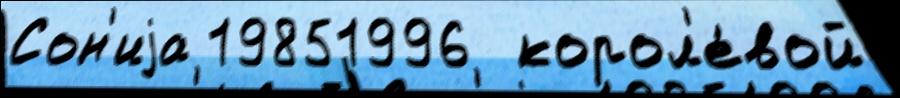
Сон'иjа 19851996  корол'е́вой